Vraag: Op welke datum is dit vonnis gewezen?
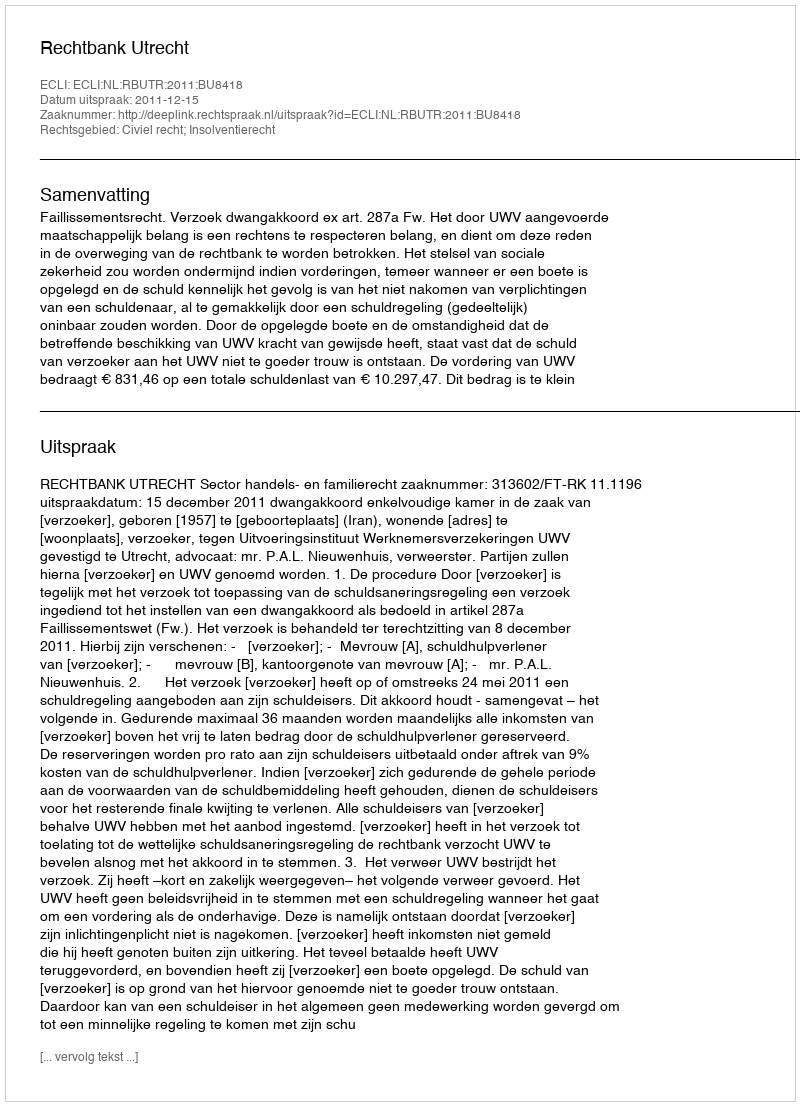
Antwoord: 2011-12-15